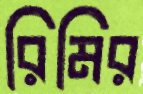
রিমির